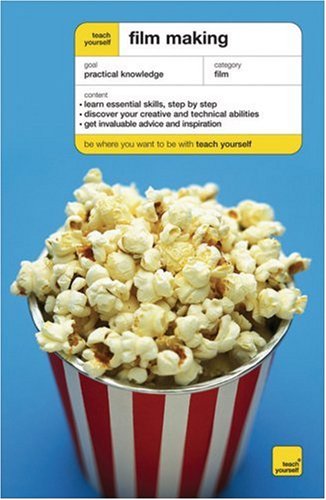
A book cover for Teach Yourself Film Making (Teach Yourself: General Reference); Tom Holden; Humor & Entertainment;